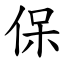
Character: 保